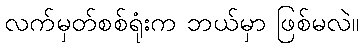
လက်မှတ်စစ်ရုံးက ဘယ်မှာ ဖြစ်မလဲ။